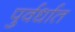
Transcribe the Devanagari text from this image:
पुर्वर्धात